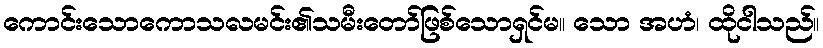
ကောင်းသောကောသလမင်း၏သမီးတော်ဖြစ်သောရှင်မ။ သော အဟံ၊ ထိုငါသည်။